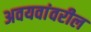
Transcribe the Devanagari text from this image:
अवयवांवरील